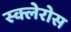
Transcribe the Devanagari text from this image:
स्क्लेरोस